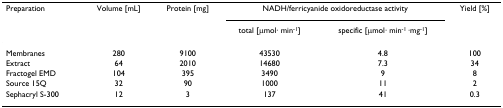
<table><thead><tr><td><b>Preparation</b></td><td><b>Volume [mL]</b></td><td><b>Protein [mg]</b></td><td colspan="2"><b>NADH/ferricyanide oxidoreductase activity</b></td><td><b>Yield [%]</b></td></tr><tr><td></td><td></td><td></td><td><b>total [μmol· min<sup>-1</sup>]</b></td><td><b>specific [μmol· min<sup>-1 </sup>·mg<sup>-1</sup>]</b></td><td></td></tr></thead><tbody><tr><td>Membranes</td><td>280</td><td>9100</td><td>43530</td><td>4.8</td><td>100</td></tr><tr><td>Extract</td><td>64</td><td>2010</td><td>14680</td><td>7.3</td><td>34</td></tr><tr><td>Fractogel EMD</td><td>104</td><td>395</td><td>3490</td><td>9</td><td>8</td></tr><tr><td>Source 15Q</td><td>32</td><td>90</td><td>1000</td><td>11</td><td>2</td></tr><tr><td>Sephacryl S-300</td><td>12</td><td>3</td><td>137</td><td>41</td><td>0.3</td></tr></tbody></table>